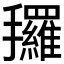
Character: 𰔿